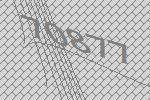
70877